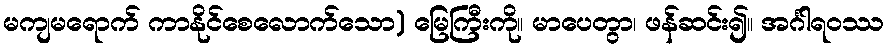
မကျမရောက် ကာနိုင်စေလောက်သော) မြေကြီးကို။ မာပေတွာ၊ ဖန်ဆင်း၍။ အင်္ဂါရဝဿ